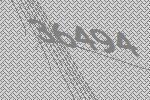
36494